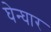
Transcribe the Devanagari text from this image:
घेन्घार